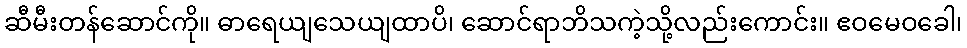
ဆီမီးတန်ဆောင်ကို။ ဓာရေယျသေယျထာပိ၊ ဆောင်ရာဘိသကဲ့သို့လည်းကောင်း။ ဧဝမေဝခေါ၊